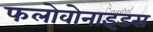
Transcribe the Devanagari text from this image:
फलोवोनाइडस